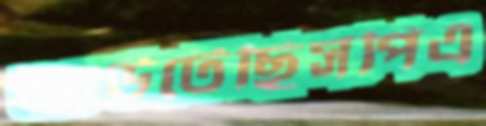
আউটেছিসপিএ